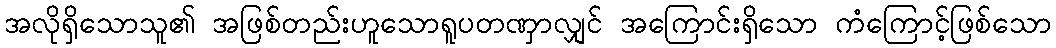
အလိုရှိသောသူ၏ အဖြစ်တည်းဟူသောရူပတဏှာလျှင် အကြောင်းရှိသော ကံကြောင့်ဖြစ်သော